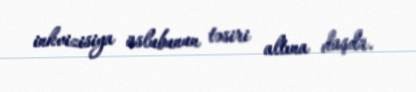
inkvizisiya üslubunun təsiri altına düşdü.